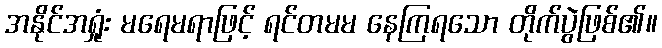
အနိုင်အရှုံး မရေမရာဖြင့် ရင်တမမ နေကြရသော တိုက်ပွဲဖြစ်၏။